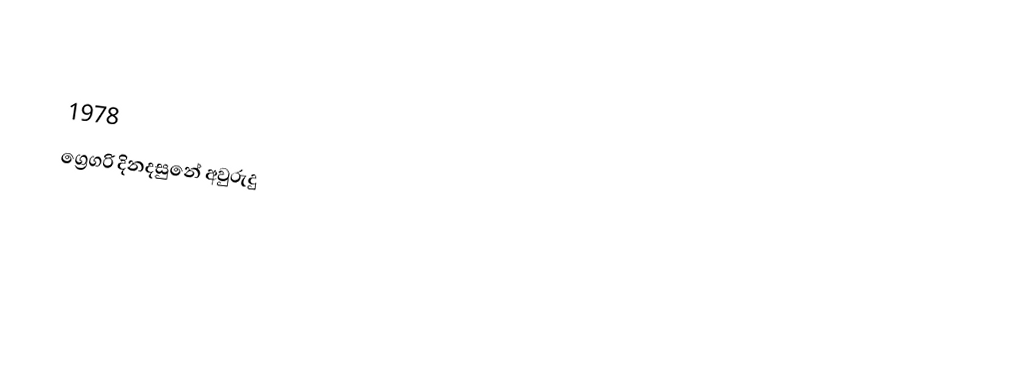

1978
ග්‍රෙගරි දිනදසුනේ අවුරුදු